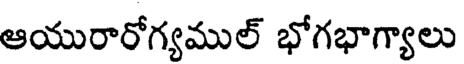
ఆయురారోగ్యముల్ భోగభాగ్యాలు